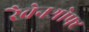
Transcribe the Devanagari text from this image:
रैवेनश्रोफ्ट